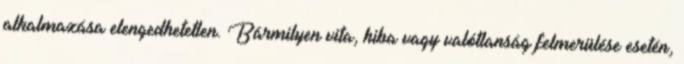
alkalmazása elengedhetetlen. Bármilyen vita, hiba vagy valótlanság felmerülése esetén,